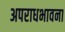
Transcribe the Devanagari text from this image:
अपराधभावना